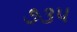
૭૩૫